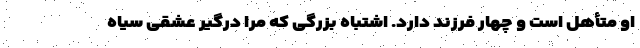
او متأهل است و چهار فرزند دارد. اشتباه بزرگی که مرا درگیر عشقی سیاه